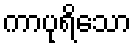
ကာပုရိသော